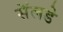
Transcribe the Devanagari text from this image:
सॅलडे